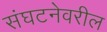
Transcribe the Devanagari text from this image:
संघटनेवरील